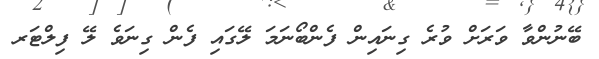
ބޭނުންވާ ވަރަށް ވުރެ ގިނައިން ފެންބޯނަމަ ލޭގައި ފެން ގިނަވެ ލޭ ފިލްޓަރ